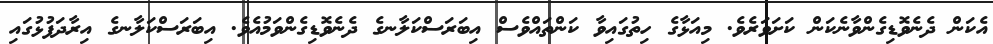
އެކަން ދެނެވޮޑިގެންވާނެކަން ކަށަވަރެވެ. މިއަޅާގެ ހިތުގައިވާ ކަންތައްވެސް އިބަރަސްކަލާނގެ ދެނެވޮޑިގެންވަމުއެވެ. އިބަރަސްކަލާނގެ އިރާދަފުޅުގައި